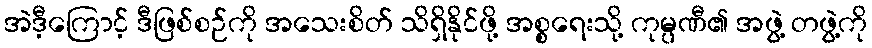
အဲဒီ့ကြောင့် ဒီဖြစ်စဉ်ကို အသေးစိတ် သိရှိနိုင်ဖို့ အစ္စရေးသို့ ကုမ္ပဏီ၏ အဖွဲ့ တဖွဲ့ကို